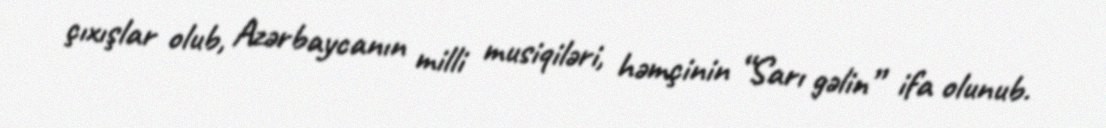
çıxışlar olub, Azərbaycanın milli musiqiləri, həmçinin “Sarı gəlin” ifa olunub.